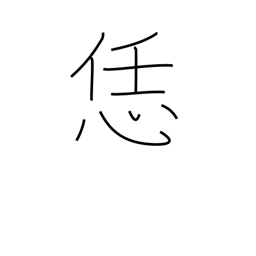
Meaning: like this